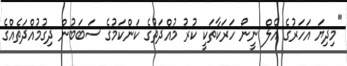
"މިދިޔަ އަހަރުގެ އެލް ނީނޯ ހަރަކާތަކީ ކުރު މުއްދަތުގެ ކަންކަމުގެ ސަބަބުން ދިގުމުއްދަތެއްގެ